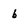
Character: b